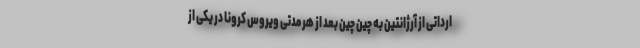
ارداتی از آرژانتین به چین چین بعد از هر مدتی ویروس کرونا در یکی از